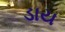
ડાય